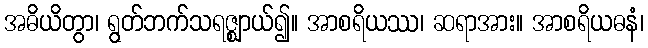
အဓိယိတွာ၊ ရွတ်ဘက်သရဇ္ဈာယ်၍။ အာစရိယဿ၊ ဆရာအား။ အာစရိယဓနံ၊